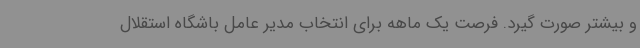
و بیشتر صورت گیرد. فرصت یک ماهه برای انتخاب مدیر عامل باشگاه استقلال